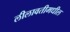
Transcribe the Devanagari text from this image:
लीलावतीमधील